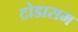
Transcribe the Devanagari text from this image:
टोडाराम